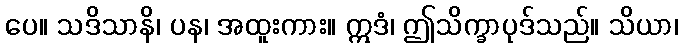
ပေ။ သဒိသာနိ၊ ပန၊ အထူးကား။ ဣဒံ၊ ဤသိက္ခာပုဒ်သည်။ သိယာ၊